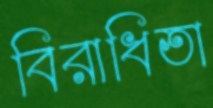
বিরাধিতা